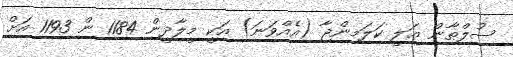
ސުލްޠާން ޢަލީ ކަލަމިންޖާ (އެއްވަނަ) އަކީ މީލާދީން 1184 ން 1193 އަށް